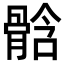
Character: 𩩊